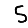
Digit: 5